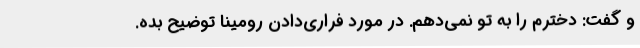
و گفت: دخترم را به تو نمی‌دهم. در مورد فراری‌دادن رومینا توضیح بده.